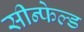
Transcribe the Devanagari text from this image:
सीन्फेल्ड